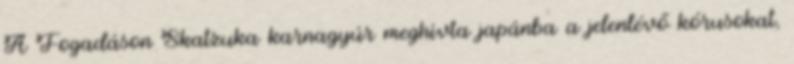
A Fogadáson Skatzuka karnagyúr meghívta japánba a jelenlévő kórusokat,